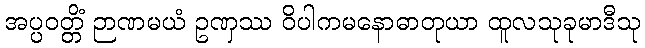
အပ္ပဝတ္တိံ ဉာဏမယံ ဥဏှဿ ဝိပါကမနောဓာတုယာ ထူလသုခုမာဒီသု